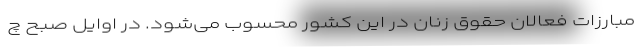
مبارزات فعالان حقوق زنان در این کشور محسوب می‌شود. در اوایل صبح چ